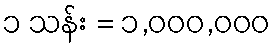
၁ သန်း = ၁,၀၀၀,၀၀၀